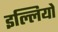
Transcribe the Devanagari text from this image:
इल्लियो